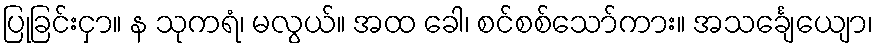
ပြုခြင်းငှာ။ န သုကရံ၊ မလွယ်။ အထ ခေါ၊ စင်စစ်သော်ကား။ အသင်္ချေယျော၊